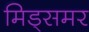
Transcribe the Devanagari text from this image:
मिड्‌समर